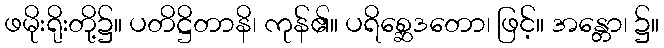
ဖမိုးရိုးတို့၌။ ပတိဋ္ဌိတာနိ၊ ကုန်၏။ ပရိစ္ဆေဒတော၊ ဖြင့်။ အန္တော၊ ၌။